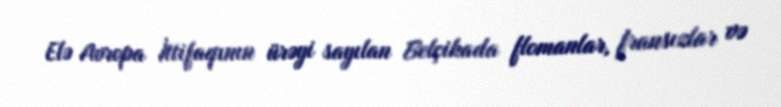
Elə Avropa İttifaqının ürəyi sayılan Belçikada flomanlar, fransızlar və